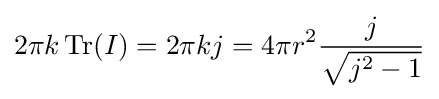
2\pi k\,{\text{Tr}}(I)=2\pi kj=4\pi r^{2}{\frac {j}{\sqrt {j^{2}-1}}}